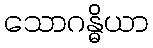
သောဂန္ဓိယာ